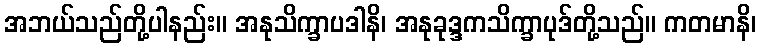
အဘယ်သည်တို့ပါနည်း။ အနုသိက္ခာပဒါနိ၊ အနုခုဒ္ဒကသိက္ခာပုဒ်တို့သည်။ ကတမာနိ၊